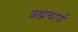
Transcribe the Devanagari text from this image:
ब्रह्मचार्य